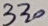
Text: 330